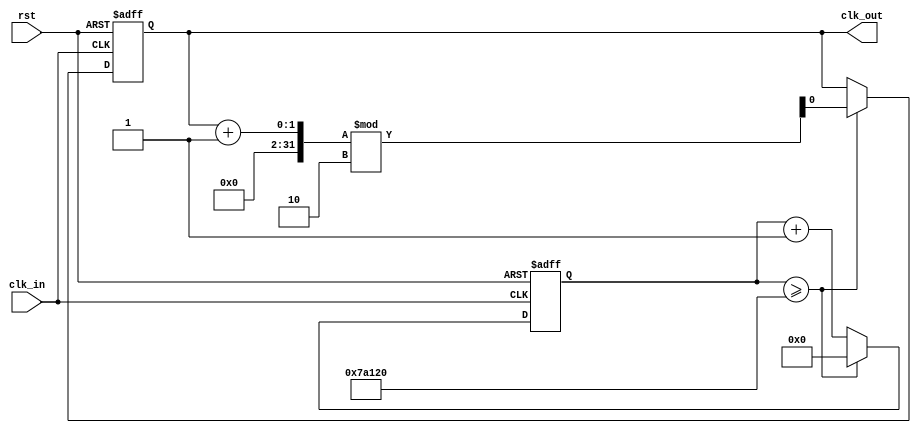
`timescale 1ns / 1ps

module clock_divider(clk_in, rst, clk_out);
  parameter WIDTH = 1;
  parameter FACTOR = 1_000_000;
  input clk_in;
  input rst;
  output [WIDTH-1:0] clk_out;
  
  reg [WIDTH-1:0] clk_out = 0;
  reg [31:0] count = 0;
    
  always @(posedge clk_in or posedge rst) begin
    if (rst == 1) begin
		  count = 0;
		  clk_out = 0;
    end
	 else
	   if (count >= FACTOR / (2 ** WIDTH)) begin
		  clk_out = (clk_out + 1) % (2 ** WIDTH);
		  count = 0;
		end
		else begin
		  count = count + 1'd1;
		end
  end

endmodule